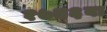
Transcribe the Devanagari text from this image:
१७४६वा